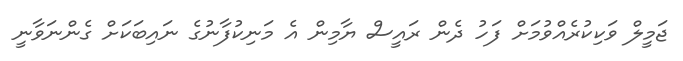
ޖަމީލް ވަކިކުރެއްވުމަށް ފަހު ދެން ރައީސް ޔާމިން އެ މަނިކުފާނުގެ ނައިބަކަށް ގެންނަވާނީ